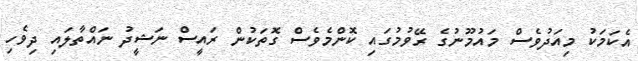
އެކަމަކު މިއަދުވެސް މައުމޫނުގެ ރޭވުމުގައި ކޮންމެވެސް ގޮތަކުން ރައީސް ނަޝީދު ނައްތާލައި ދިވެހި